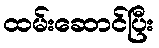
ထမ်းဆောင်ပြီး